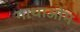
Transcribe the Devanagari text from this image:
गाथाओम